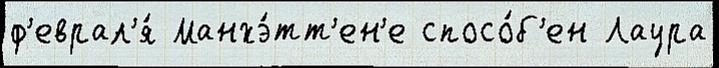
ф'еврал'я́ Манхэ́тт'ен'е спосо́б'ен Лаура